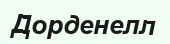
Дорденелл